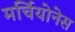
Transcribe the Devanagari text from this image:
मर्चियोनेस